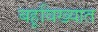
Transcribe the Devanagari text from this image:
बहूविख्यात